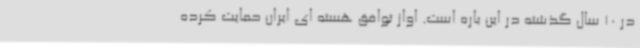
در 10 سال گذشته در این باره است. اواز توافق هسته ای ایران حمایت کرده